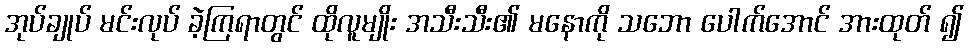
အုပ်ချုပ် မင်းလုပ် ခဲ့ကြရာတွင် ထိုလူမျိုး အသီးသီး၏ မနောကို သဘော ပေါက်အောင် အားထုတ် ၍